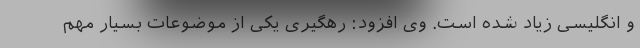
و انگلیسی زیاد شده است. وی افزود: رهگیری یکی از موضوعات بسیار مهم